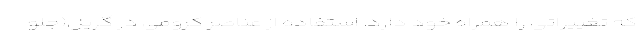
که تغییراتی را همراه خود دارد. استفاده از عناصر کرومی در گریل(جلو